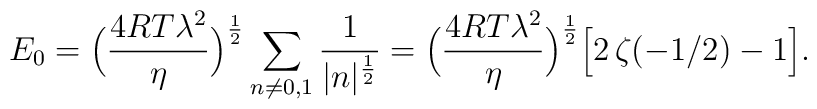
E_0=\Bigl( {4 RT \lambda^2 \over \eta}\Bigr)^{{1 \over 2}}\sum_{n \neq 0,1}{1 \over |n|^{{1 \over 2}}}=\Bigl({4 RT \lambda^2\over \eta }\Bigr)^{{1 \over 2}}\Bigl[ 2\, \zeta(-1 / 2) -1\Bigr].